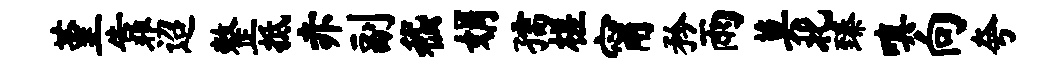
堇靠迢整抵赤副嵇娟孺槎甯矜雨莫北臻嗔向夸